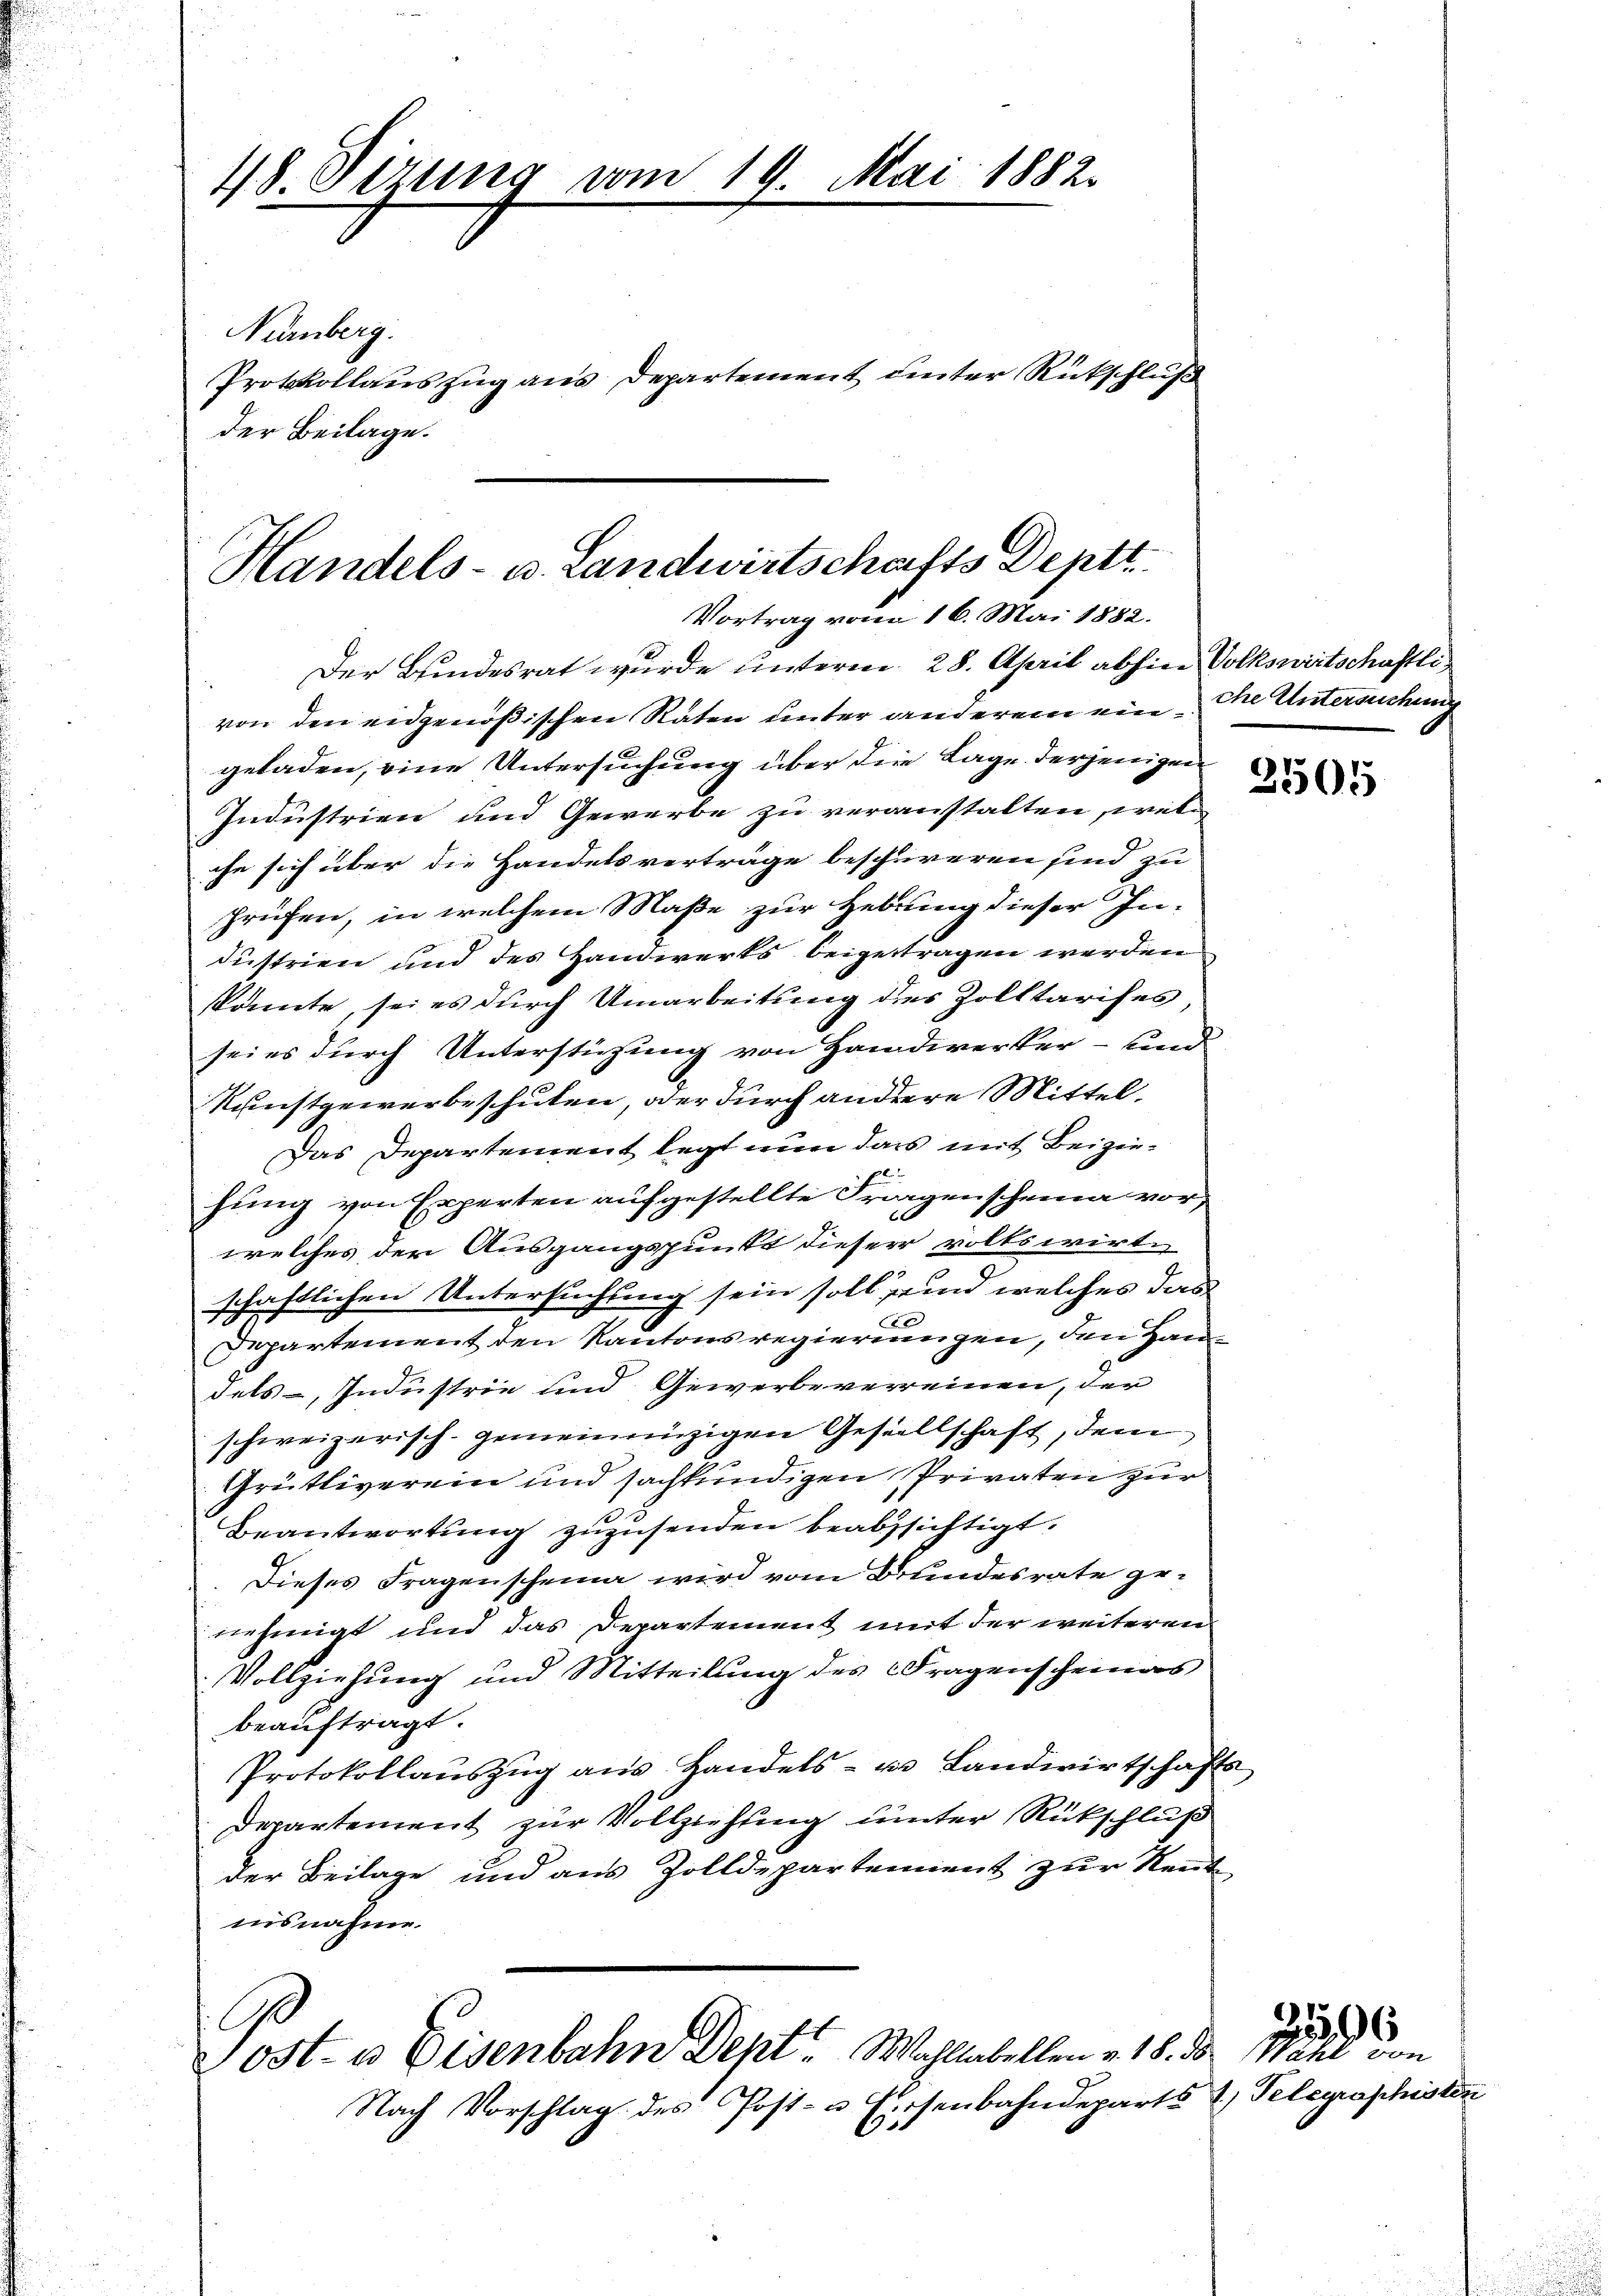
48. Sirung vom 19. Mai 1882.
Nürnberg.
Protokollauszug aus Departement unter Rückschluß
der Beilage.

Handels- u. Landwirtschafts-Deptt
Vortrag vom 16. Mai 1882.

Der Bundesrat wurde unterm 28. April abhin Volkswirtschaftli
von den eidgenößischen Raten unter anderem ein die Untersuchung
geladen, eine Untersuchung über die Lage derjenigen
Industrien und Gewerbe zu veranstalten, wel
che sich über die Handelsverträge beschureren sind zu
prüfen, in welchem Maße zur Hebung dieser In-
dustrien und des Handwerks beigetragen werden
könnte, sei es durch Umarbeitung des Zolltarises,
sei es durch Unterstüzung von Handwerker- und
Kunstgewerbeschulen, oder durch andere Mittel.
Das Departement legt nun dass mit Beizie¬
E
hung von Experten aufgestellte Fragenscheina vor,
welches der Ausgangspunkt dieser volkswirte
schaftlichen Untersuchung sein soll sind welches das
4 x
Departement den Kantonsregierungen, den Handels Industrie und Gewerbevereinen, der
schweizerisch gemeineinzigen Gesellschaft, dem
Grütliverein und sachkundigen Privaten zur
Beantwortung zuzusenden beabsichtigt.
Dieses Fragenscheina wird vom Bundesrate genehmigt und das Departement mit der weiteren
Vollziehung und Mitteilung des Fragenscheinas
beauftragt.
Protokollaŭszŭg aŭs Handels- u. Landwirtschafts
Departement zur Vollziehung unter Rückschluß
der Beilage und aus Zolldepartement zur Reut
insnahme.

G
Post- u Eisenbahn Dept. Wahllabellen v. 18. ds

Nach Vorschlag des Post- u Versenbahndeparts 2) Telegraphisten

3.

2505

Wahl von

6